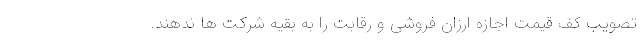
تصویب کف قیمت اجازه ارزان فروشی و رقابت را به بقیه شرکت ها ندهند.